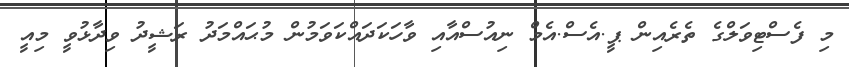
މި ފެސްޓިވަލްގެ ތެރެއިން ޕީ.އެސް.އެމް ނިއުސްއާއި ވާހަކަދައްކަވަމުން މުޙައްމަދު ރަޝީދު ވިދާޅުވީ މިއީ